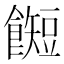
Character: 𱃰